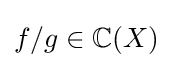
f/g\in \mathbb {C} (X)